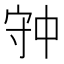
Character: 𡨌